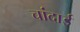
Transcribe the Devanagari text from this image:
चांदाई